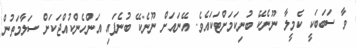
ވާ ސަބަބަކީ ކެމީލާ ނޫނެކޭ ބުނިކަމަށްޓަކައެވެ. އޭނައަށް ނޫނެކޭ ބުނެފައި އަންހެންކުއްޖަކަށް ސަލާމަތުން